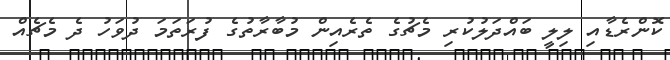
ކޮންރެޑާއި ލިލީ ބައްދަލުކުރި މެޗުގެ ތެރެއިން މުބާރާތުގެ ފުރަތަމަ ދުވަހު ދެ މެޗެއް